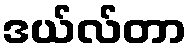
ဒယ်လ်တာ